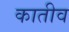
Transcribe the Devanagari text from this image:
कातीव